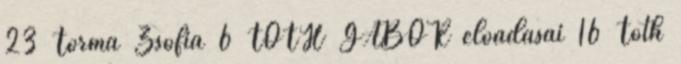
23 Torma Zsófia 6 TÓTH GÁBOR előadásai 16 Tóth